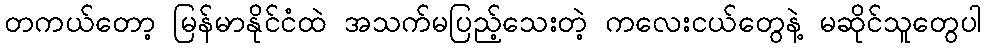
တကယ်တော့ မြန်မာနိုင်ငံထဲ အသက်မပြည့်သေးတဲ့ ကလေးငယ်တွေနဲ့ မဆိုင်သူတွေပါ